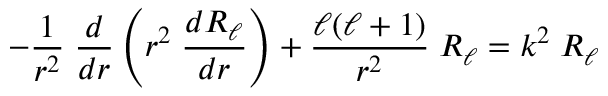
- { \frac { 1 } { r ^ { 2 } } } \; { \frac { d } { d r } } \left( r ^ { 2 } \; { \frac { d R _ { \ell } } { d r } } \right) + { \frac { \ell ( \ell + 1 ) } { r ^ { 2 } } } \; R _ { \ell } = k ^ { 2 } \; R _ { \ell }